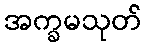
အက္ခမသုတ်